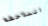
الملاحظة